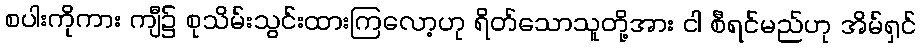
စပါးကိုကား ကျီ၌ စုသိမ်းသွင်းထားကြလော့ဟု ရိတ်သောသူတို့အား ငါ စီရင်မည်ဟု အိမ်ရှင်